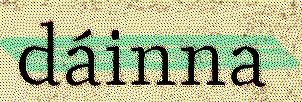
dáinna